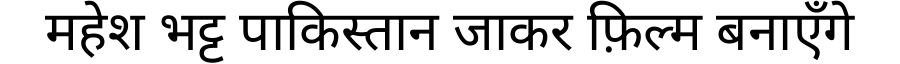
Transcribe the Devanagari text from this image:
महेश भट्ट पाकिस्तान जाकर फ़िल्म बनाएँगे